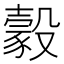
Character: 豰